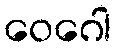
ဝေဂေါ